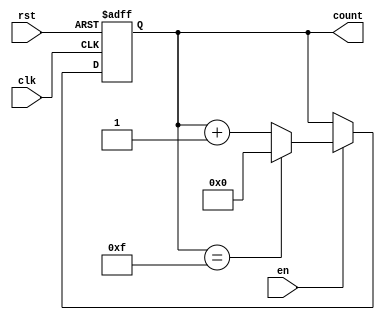
module MemoryBlocksBinaryCounter #(
    parameter INIT_VAL = 0,      // Initial value of the counter
    parameter MAX_VAL = 15       // Maximum value of the counter
)(
    input wire clk,              // Clock signal
    input wire rst,              // Asynchronous reset signal
    input wire en,               // Enable signal
    output reg [$clog2(MAX_VAL+1)-1:0] count // Count output
);

// Internal register to hold the current count value
reg [$clog2(MAX_VAL+1)-1:0] count_reg;

// Always block for asynchronous reset and counting
always @(posedge clk or posedge rst) begin
    if (rst) begin
        // Reset the counter to the initial value
        count_reg <= INIT_VAL;
    end else if (en) begin
        // Increment the counter if enabled
        if (count_reg == MAX_VAL) begin
            count_reg <= INIT_VAL; // Wrap around to initial value
        end else begin
            count_reg <= count_reg + 1; // Increment the counter
        end
    end
end

// Assign the current count value to the output
always @(*) begin
    count = count_reg;
end

endmodule